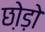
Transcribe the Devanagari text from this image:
छो़ड़ो